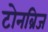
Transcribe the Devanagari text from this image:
टोनब्रिज